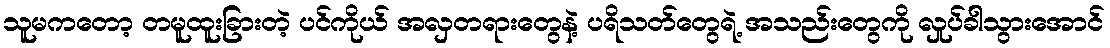
သူမကတော့ တမူထူးခြားတဲ့ ပင်ကိုယ် အလှတရားတွေနဲ့ ပရိသတ်တွေရဲ့ အသည်းတွေကို လှုပ်ခါသွားအောင်